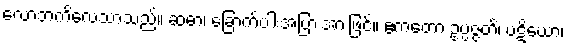
လောဘကိလေသာသည်။ ဆဓာ၊ ခြောက်ပါးအပြားအားဖြင့်။ ဧကတော ဥပ္ပဇ္ဇတိ၊ ပဋိဃော၊